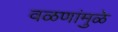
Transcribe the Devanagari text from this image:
वळणांमुळे